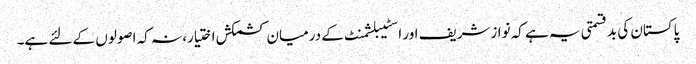
پاکستان کی بدقسمتی یہ ہے کہ نوازشریف اور اسٹیبلشمنٹ کے درمیان کشمکش اختیار، نہ کہ اصولوں کے لئے ہے۔